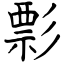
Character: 彯